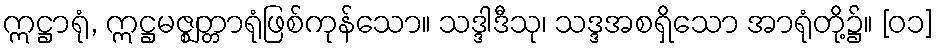
ဣဋ္ဌာရုံ, ဣဋ္ဌမဇ္ဈတ္တာရုံဖြစ်ကုန်သော။ သဒ္ဒါဒီသု၊ သဒ္ဒအစရှိသော အာရုံတို့၌။ [၀၁]